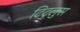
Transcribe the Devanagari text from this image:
टिटुलुस